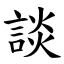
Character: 談